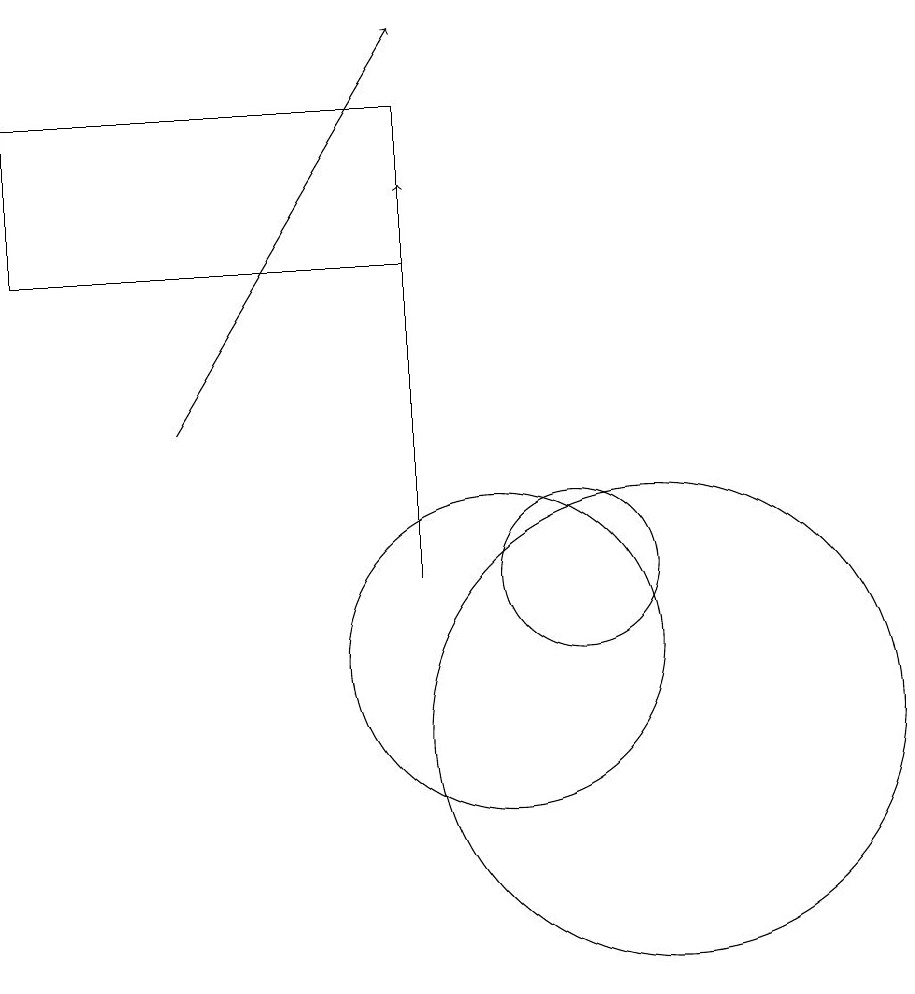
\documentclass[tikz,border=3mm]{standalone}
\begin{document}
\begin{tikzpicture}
\draw (10,11) circle (2);
\draw (4,18) rectangle (9,16);
\draw (11,12) circle (1);
\draw[->] (9,12) -- (9,17);
\draw[->] (6,14) -- (9,19);
\draw (12,10) circle (3);
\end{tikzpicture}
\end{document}